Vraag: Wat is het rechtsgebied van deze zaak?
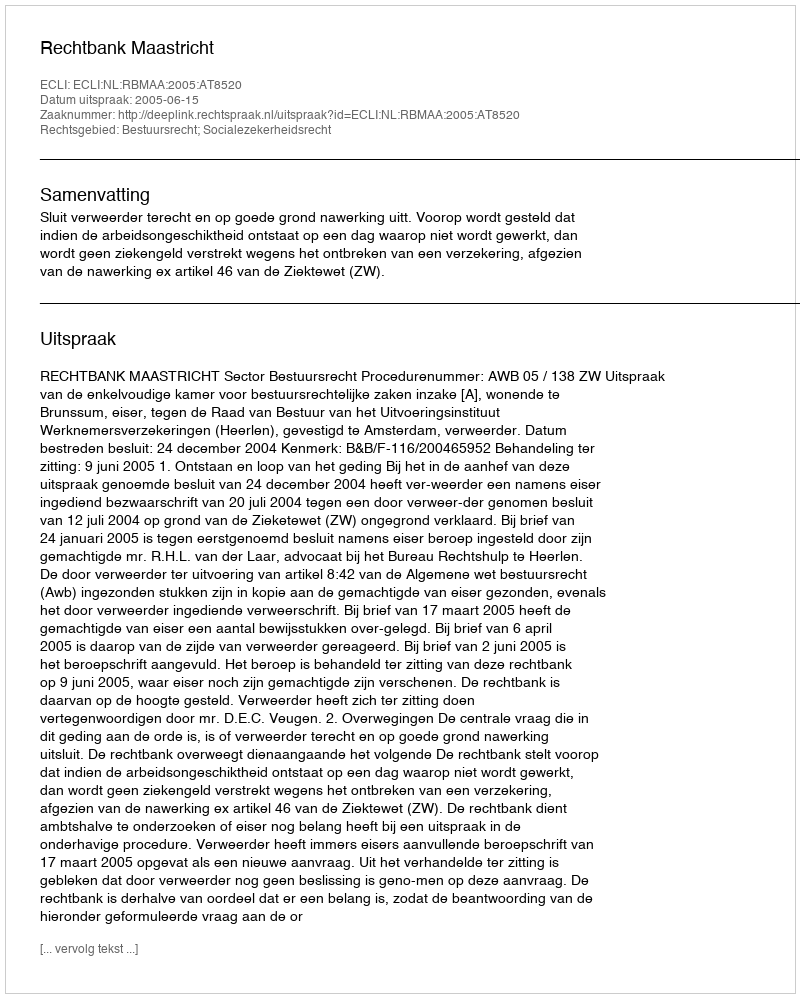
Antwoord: Bestuursrecht; Socialezekerheidsrecht